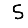
Digit: 5